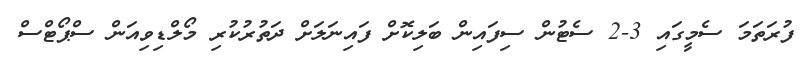
ފުރަތަމަ ސެމީގައި 3-2 ސެޓުން ސިފައިން ބަލިކޮށް ފައިނަލަށް ދަތުރުކުރި މޯލްޑިވިއަން ސްޕޯޓްސް